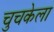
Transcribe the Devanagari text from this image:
चुचकेला